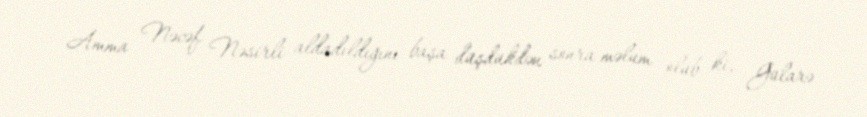
Amma Nəcəf Nəsirli aldadıldığını başa düşdükdən sonra məlum olub ki, Gülarə